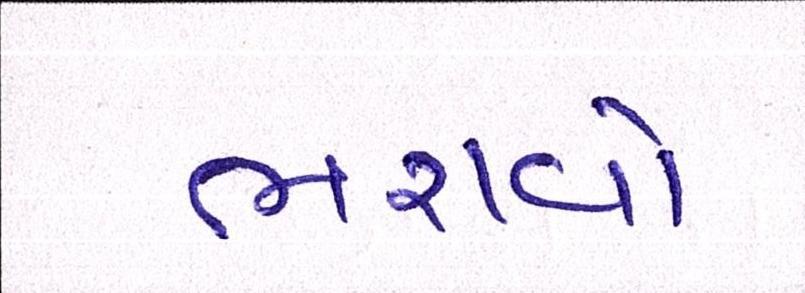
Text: ભરાવોઃ